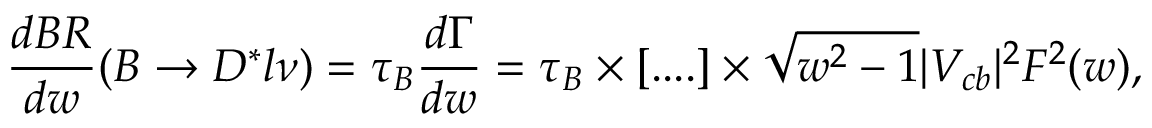
\frac { d { \cal B R } } { d w } ( B \to D ^ { * } l \nu ) = \tau _ { B } \frac { d \Gamma } { d w } = \tau _ { B } \times [ . . . . ] \times \sqrt { w ^ { 2 } - 1 } | V _ { c b } | ^ { 2 } { \cal F } ^ { 2 } ( w ) ,